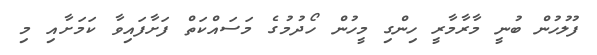
ފުލުހުން ބުނީ މާރާމާރީ ހިންގި މީހުން ހޯދުމުގެ މަސައްކަތް ފަށާފައިވާ ކަމަށާއި މި